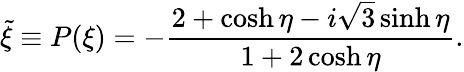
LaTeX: \tilde{\xi}\equiv P(\xi)=-\frac{2+\cosh\eta-i\sqrt{3}\sinh\eta}{1+2\cosh\eta}.